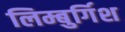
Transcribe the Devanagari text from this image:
लिम्बुर्गिश